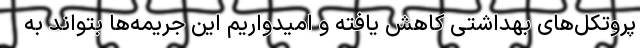
پروتکل‌های بهداشتی کاهش یافته و امیدواریم این جریمه‌ها بتواند به